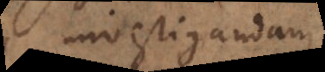
investigandam